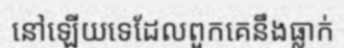
នៅឡើយទេដែលពួកគេនឹងធ្លាក់